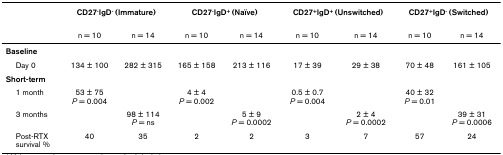
<table><thead><tr><td></td><td colspan="2"><b>CD27<sup>-</sup>IgD<sup>- </sup>(Immature)</b></td><td colspan="2"><b>CD27<sup>-</sup>IgD<sup>+ </sup>(Naïve)</b></td><td colspan="2"><b>CD27<sup>+</sup>IgD<sup>+ </sup>(Unswitched)</b></td><td colspan="2"><b>CD27<sup>+</sup>IgD<sup>- </sup>(Switched)</b></td></tr><tr><td></td><td><b>n = 10</b></td><td><b>n = 14</b></td><td><b>n = 10</b></td><td><b>n = 14</b></td><td><b>n = 10</b></td><td><b>n = 14</b></td><td><b>n = 10</b></td><td><b>n = 14</b></td></tr></thead><tbody><tr><td><b>Baseline</b></td><td></td><td></td><td></td><td></td><td></td><td></td><td></td><td></td></tr><tr><td> Day 0</td><td>134 ± 100</td><td>282 ± 315</td><td>165 ± 158</td><td>213 ± 116</td><td>17 ± 39</td><td>29 ± 38</td><td>70 ± 48</td><td>161 ± 105</td></tr><tr><td><b>Short-term</b></td><td></td><td></td><td></td><td></td><td></td><td></td><td></td><td></td></tr><tr><td> 1 month</td><td>53 ± 75<i>P </i>= 0.004</td><td></td><td>4 ± 4<i>P </i>= 0.002</td><td></td><td>0.5 ± 0.7<i>P </i>= 0.004</td><td></td><td>40 ± 32<i>P </i>= 0.01</td><td></td></tr><tr><td> 3 months</td><td></td><td>98 ± 114<i>P </i>= ns</td><td></td><td>5 ± 9<i>P </i>= 0.0002</td><td></td><td>2 ± 4<i>P </i>= 0.0002</td><td></td><td>39 ± 31<i>P </i>= 0.0006</td></tr><tr><td> Post-RTXsurvival %</td><td>40</td><td>35</td><td>2</td><td>2</td><td>3</td><td>7</td><td>57</td><td>24</td></tr></tbody></table>